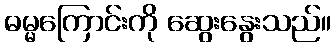
ဓမ္မကြောင်းကို ဆွေးနွေးသည်။